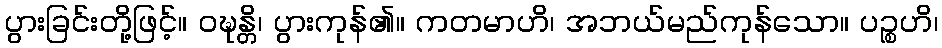
ပွားခြင်းတို့ဖြင့်။ ဝဍ္ဎန္တိ၊ ပွားကုန်၏။ ကတမာဟိ၊ အဘယ်မည်ကုန်သော။ ပဉ္စဟိ၊